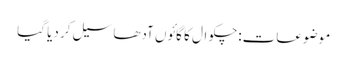
موضوعات:چکوال کا گائوں آدھا سیل کر دیا گیا